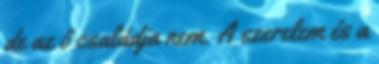
de az ő családja nem. A szerelem és a